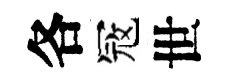
各冦世